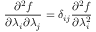
\frac { \partial ^ { 2 } f } { \partial \lambda _ { i } \partial \lambda _ { j } } = \delta _ { i j } \frac { \partial ^ { 2 } f } { \partial \lambda _ { i } ^ { 2 } }